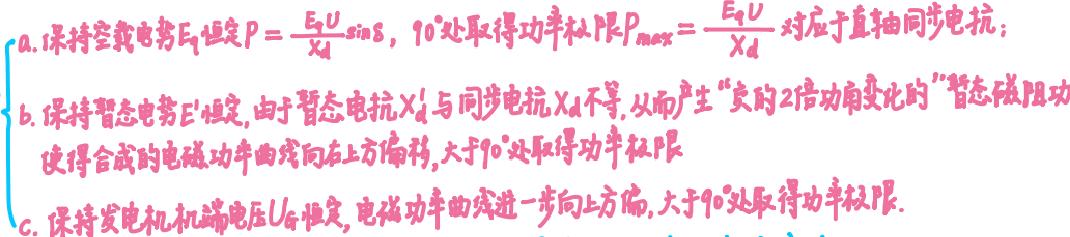
a. 保持空载电势$E_q$恒定$P = \frac{E_qU}{X_d}\sin\delta$，$90^{\circ}$处取得功率极限$P_{max}=\frac{E_qU}{X_d}$对应于直轴同步电抗；
b. 保持暂态电势$E'$恒定，由于暂态电抗$X_d'$与同步电抗$X_d$不等，从而产生“实的2倍功角变化的”“暂态磁阻功”，使得合成的电磁功率曲线向右上方偏移，大于$90^{\circ}$处取得功率极限；
c. 保持发电机机端电压$U_G$恒定，电磁功率曲线进一步向上方偏，大于$90^{\circ}$处取得功率极限。